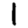
Digit: 1